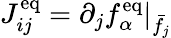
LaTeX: J_{ij}^{\mathrm{eq}}=\partial_{j}f_{\alpha}^{\mathrm{eq}}\rvert_{\bar{f}_{j}}